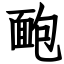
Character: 靤